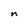
Character: n